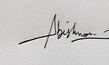
Signature authenticity: genuine